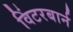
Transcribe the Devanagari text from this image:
विंटरबार्न